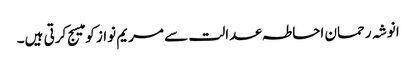
انوشہ رحمان احاطہ عدالت سے مریم نواز کو میسج کرتی ہیں۔